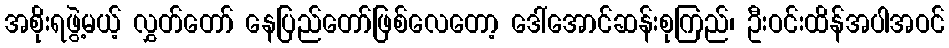
အစိုးရဖွဲ့မယ့် လွှတ်တော် နေပြည်တော်ဖြစ်လေတော့ ဒေါ်အောင်ဆန်းစုကြည်၊ ဦးဝင်းထိန်အပါအဝင်